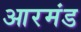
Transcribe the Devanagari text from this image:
आरमंड